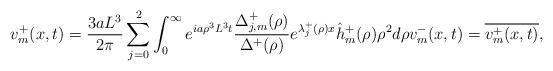
LaTeX: \begin{align*}v_m^+(x,t)=\frac{3aL^3}{2\pi}\sum_{j=0}^{2}\int_{0}^{\infty}e^{ia\rho^3L^3t}\frac{\Delta_{j,m}^+(\rho)}{\Delta^+(\rho)}e^{\lambda_j^+(\rho)x}\hat{h}^+_m(\rho)\rho^2d\rho v_m^-(x,t)=\overline{v_m^+(x,t)},\end{align*}